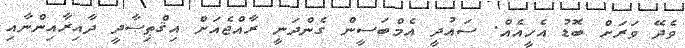
ވެދޭ ވަރަށް ބޮޑު އެހީއެއް. ސައުދީ އެމްބަސީން ގެންދަނީ ރާއްޖެއަށް އިޤްޠިޞާދީ ދާއިރާއިންނާއި